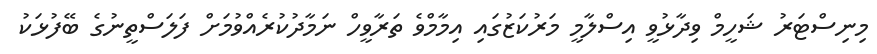
މިނިސްޓަރު ޝަހީމް ވިދާޅުވީ އިސްލާމީ މަރުކަޒުގައި އިމާމްވެ ތަރާވީހް ނަމާދުކުރެއްވުމަށް ފަލަސްތީނުގެ ބޭފުޅަކު